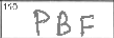
Transcription: PBF